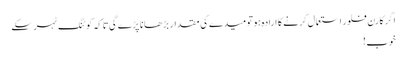
اگر کارن فلور استعمال کرنے کا ارادہ ہو تو میدے کی مقدار بڑھانا پڑے گی تاکہ کوٹنگ ٹہر سکے
خوب!